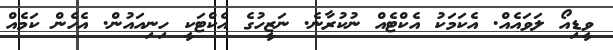
ވީޑިއޯ ލަވައެއް. އެކަމަކު އެކްޓެއް ނުކުރާނެ. ނަޒީހުގެ އެކްޓަކީ ހިނިއައުން. އެހެން ކަމެއް